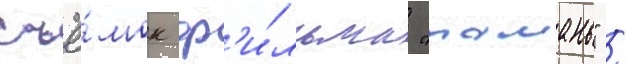
съё́мок ф'и́льма "тамань" /